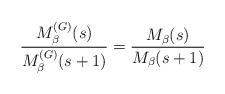
LaTeX: \begin{align*}\frac{M^{(G)}_{\beta}(s)}{M^{(G)}_{\beta}(s+1)} = \frac{M_{\beta}(s)}{M_{\beta}(s+1)}\end{align*}